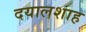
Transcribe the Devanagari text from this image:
दयालशाह